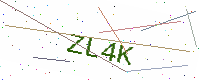
Text: ZL4K